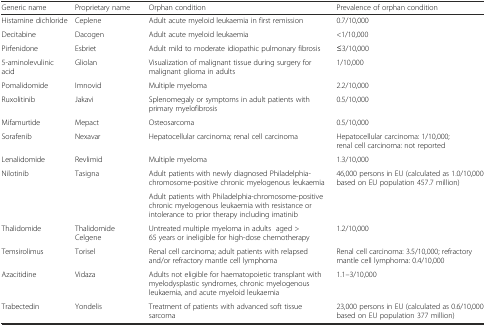
<table><thead><tr><td><b>Generic name</b></td><td><b>Proprietary name</b></td><td><b>Orphan condition</b></td><td><b>Prevalence of orphan condition</b></td></tr></thead><tbody><tr><td>Histamine dichloride</td><td>Ceplene</td><td>Adult acute myeloid leukaemia in first remission</td><td>0.7/10,000</td></tr><tr><td>Decitabine</td><td>Dacogen</td><td>Adult acute myeloid leukaemia</td><td>&lt;1/10,000</td></tr><tr><td>Pirfenidone</td><td>Esbriet</td><td>Adult mild to moderate idiopathic pulmonary fibrosis</td><td>≤3/10,000</td></tr><tr><td>5-aminolevulinic acid</td><td>Gliolan</td><td>Visualization of malignant tissue during surgery for malignant glioma in adults</td><td>1/10,000</td></tr><tr><td>Pomalidomide</td><td>Imnovid</td><td>Multiple myeloma</td><td>2.2/10,000</td></tr><tr><td>Ruxolitinib</td><td>Jakavi</td><td>Splenomegaly or symptoms in adult patients with primary myelofibrosis</td><td>0.5/10,000</td></tr><tr><td>Mifamurtide</td><td>Mepact</td><td>Osteosarcoma</td><td>0.5/10,000</td></tr><tr><td>Sorafenib</td><td>Nexavar</td><td>Hepatocellular carcinoma; renal cell carcinoma</td><td>Hepatocellular carcinoma: 1/10,000; renal cell carcinoma: not reported</td></tr><tr><td>Lenalidomide</td><td>Revlimid</td><td>Multiple myeloma</td><td>1.3/10,000</td></tr><tr><td rowspan="2">Nilotinib</td><td rowspan="2">Tasigna</td><td>Adult patients with newly diagnosed Philadelphia-chromosome-positive chronic myelogenous leukaemia</td><td rowspan="2">46,000 persons in EU (calculated as 1.0/10,000 based on EU population 457.7 million)</td></tr><tr><td>Adult patients with Philadelphia-chromosome-positive chronic myelogenous leukaemia with resistance or intolerance to prior therapy including imatinib</td></tr><tr><td>Thalidomide</td><td>Thalidomide Celgene</td><td>Untreated multiple myeloma in adultsaged &gt; 65 years or ineligible for high-dose chemotherapy</td><td>1.2/10,000</td></tr><tr><td>Temsirolimus</td><td>Torisel</td><td>Renal cell carcinoma; adult patients with relapsed and/or refractory mantle cell lymphoma</td><td>Renal cell carcinoma: 3.5/10,000; refractory mantle cell lymphoma: 0.4/10,000</td></tr><tr><td>Azacitidine</td><td>Vidaza</td><td>Adults not eligible for haematopoietic transplant with myelodysplastic syndromes, chronic myelogenous leukaemia, and acute myeloid leukaemia</td><td>1.1–3/10,000</td></tr><tr><td>Trabectedin</td><td>Yondelis</td><td>Treatment of patients with advanced soft tissue sarcoma</td><td>23,000 persons in EU (calculated as 0.6/10,000 based on EU population 377 million)</td></tr></tbody></table>